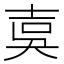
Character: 𡔣